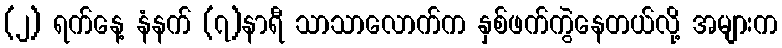
(၂) ရက်နေ့ နံနက် (၇)နာရီ သာသာလောက်က နှစ်ဖက်ကွဲနေတယ်လို့ အများက